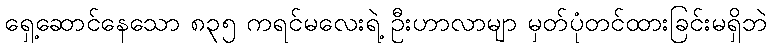
ရှေ့ဆောင်နေသော ၈၃၅ ကရင်မလေးရဲ့ ဦးဟာလာမျာ မှတ်ပုံတင်ထားခြင်းမရှိဘဲ